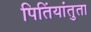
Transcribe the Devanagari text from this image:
पितिंयांतुता